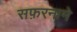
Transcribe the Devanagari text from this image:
सफ़रनामे